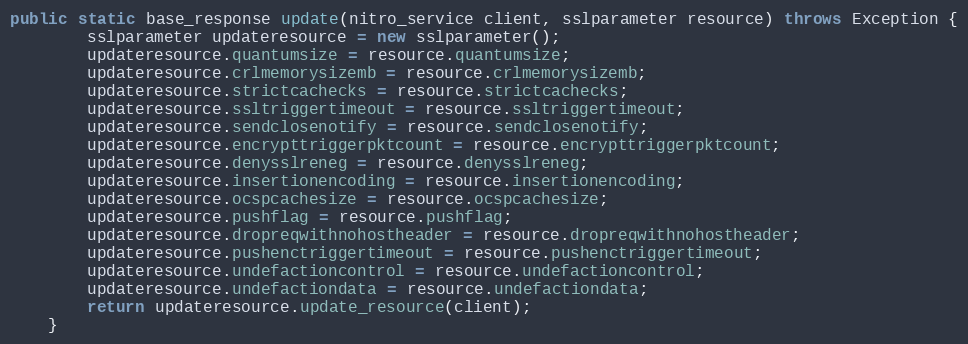
Language: Java
public static base_response update(nitro_service client, sslparameter resource) throws Exception {
		sslparameter updateresource = new sslparameter();
		updateresource.quantumsize = resource.quantumsize;
		updateresource.crlmemorysizemb = resource.crlmemorysizemb;
		updateresource.strictcachecks = resource.strictcachecks;
		updateresource.ssltriggertimeout = resource.ssltriggertimeout;
		updateresource.sendclosenotify = resource.sendclosenotify;
		updateresource.encrypttriggerpktcount = resource.encrypttriggerpktcount;
		updateresource.denysslreneg = resource.denysslreneg;
		updateresource.insertionencoding = resource.insertionencoding;
		updateresource.ocspcachesize = resource.ocspcachesize;
		updateresource.pushflag = resource.pushflag;
		updateresource.dropreqwithnohostheader = resource.dropreqwithnohostheader;
		updateresource.pushenctriggertimeout = resource.pushenctriggertimeout;
		updateresource.undefactioncontrol = resource.undefactioncontrol;
		updateresource.undefactiondata = resource.undefactiondata;
		return updateresource.update_resource(client);
	}